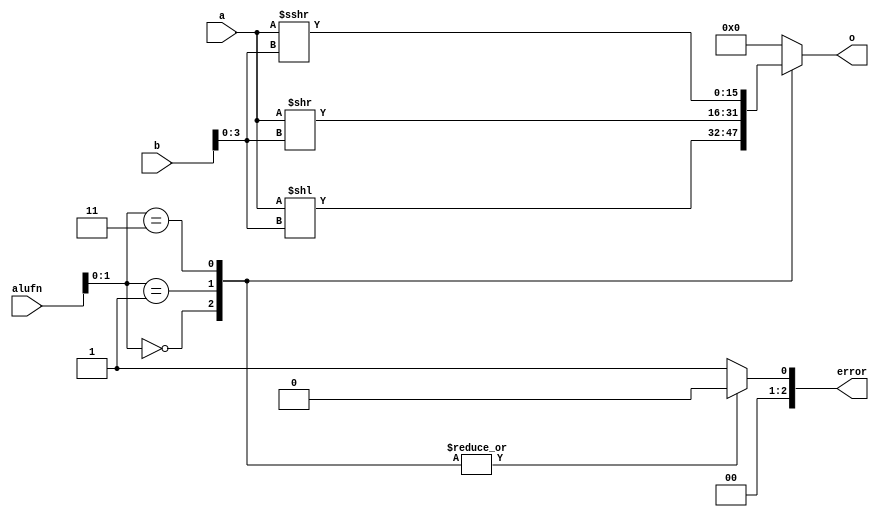
/*
   This file was generated automatically by the Mojo IDE version B1.3.6.
   Do not edit this file directly. Instead edit the original Lucid source.
   This is a temporary file and any changes made to it will be destroyed.
*/

module shift_10 (
    input [15:0] a,
    input [15:0] b,
    input [5:0] alufn,
    output reg [15:0] o,
    output reg [2:0] error
  );
  
  
  
  always @* begin
    o = 1'h0;
    error = 1'h0;
    
    case (alufn[0+1-:2])
      2'h0: begin
        o = a << b[0+3-:4];
      end
      2'h1: begin
        o = a >> b[0+3-:4];
      end
      2'h3: begin
        o = $signed(a) >>> b[0+3-:4];
      end
      default: begin
        error = 3'h1;
      end
    endcase
  end
endmodule